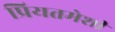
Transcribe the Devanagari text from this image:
प्रियतमेशी